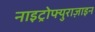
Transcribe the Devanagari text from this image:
नाइट्रोफ्युराज़ाइन